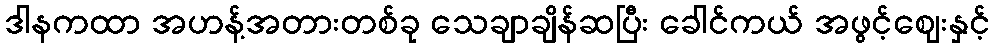
ဒါနကထာ အဟန့်အတားတစ်ခု သေချာချိန်ဆပြီး ခေါင်ကယ် အဖွင့်ဈေးနှင့်